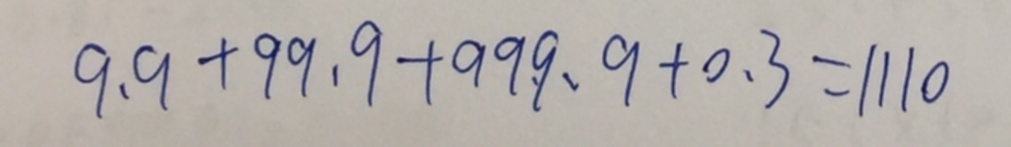
9 . 9 + 9 9 . 9 + 9 9 9 . 9 + 0 . 3 = 1 1 1 0